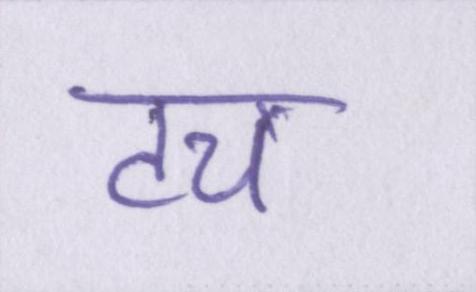
टच